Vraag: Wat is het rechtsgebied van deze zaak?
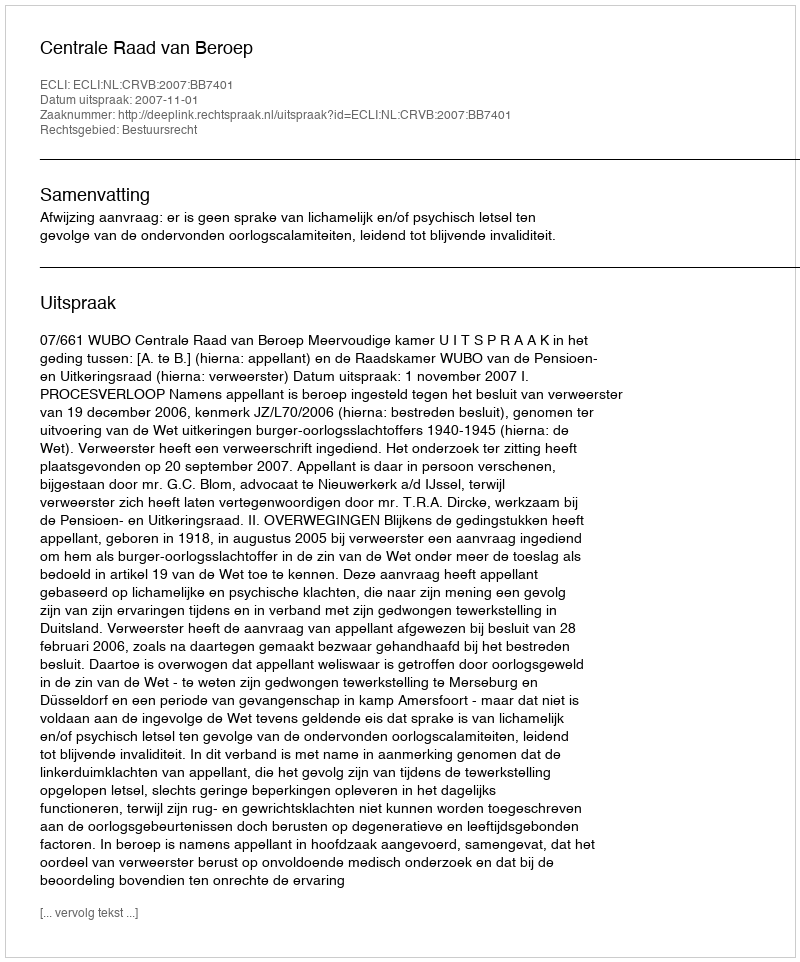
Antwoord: Bestuursrecht